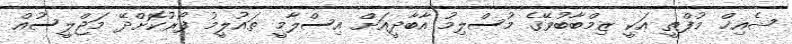
ޝެއިޚް މުފްތީ އަކީ ޒިމްބާބުވޭގެ މުސްލިމު އާބާދީއަށް އިސްލާމީ ތައުލީމު ފޯރުކޮށްދޭ މަޖްލީސުއް